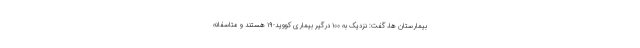
بیمارستان ها، گفت: نزدیک به ۱۰۰ درگیر بیماری کووید-۱۹ هستند و متاسفانه